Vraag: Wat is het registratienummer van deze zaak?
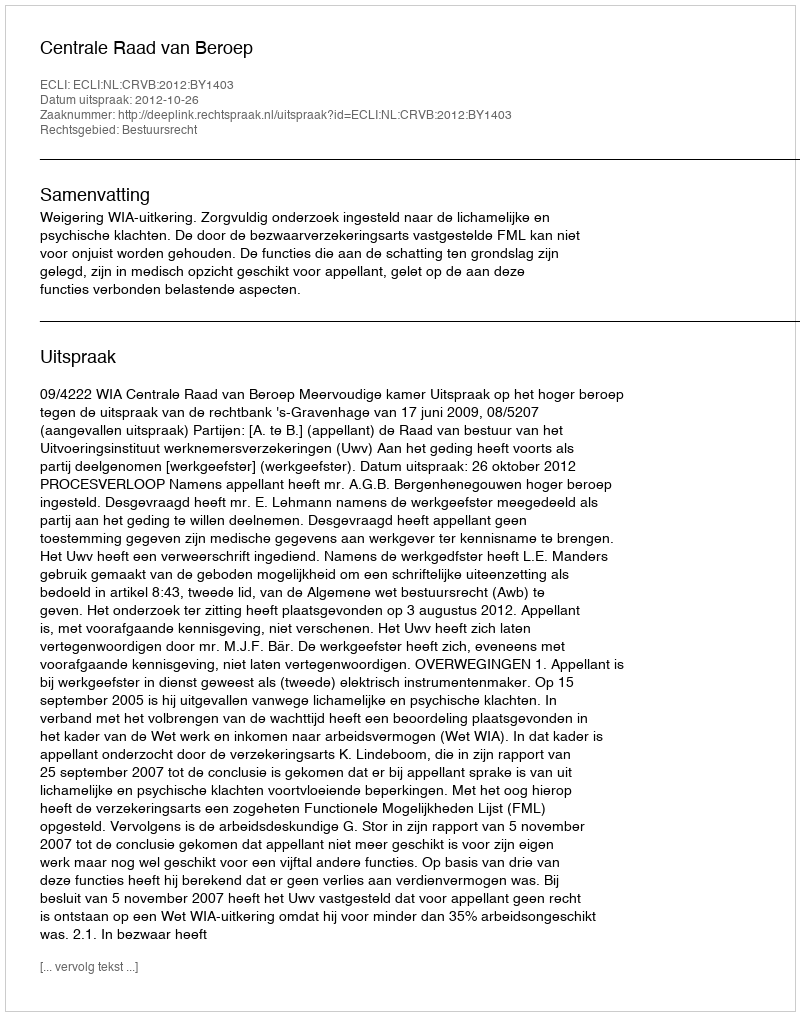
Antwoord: http://deeplink.rechtspraak.nl/uitspraak?id=ECLI:NL:CRVB:2012:BY1403